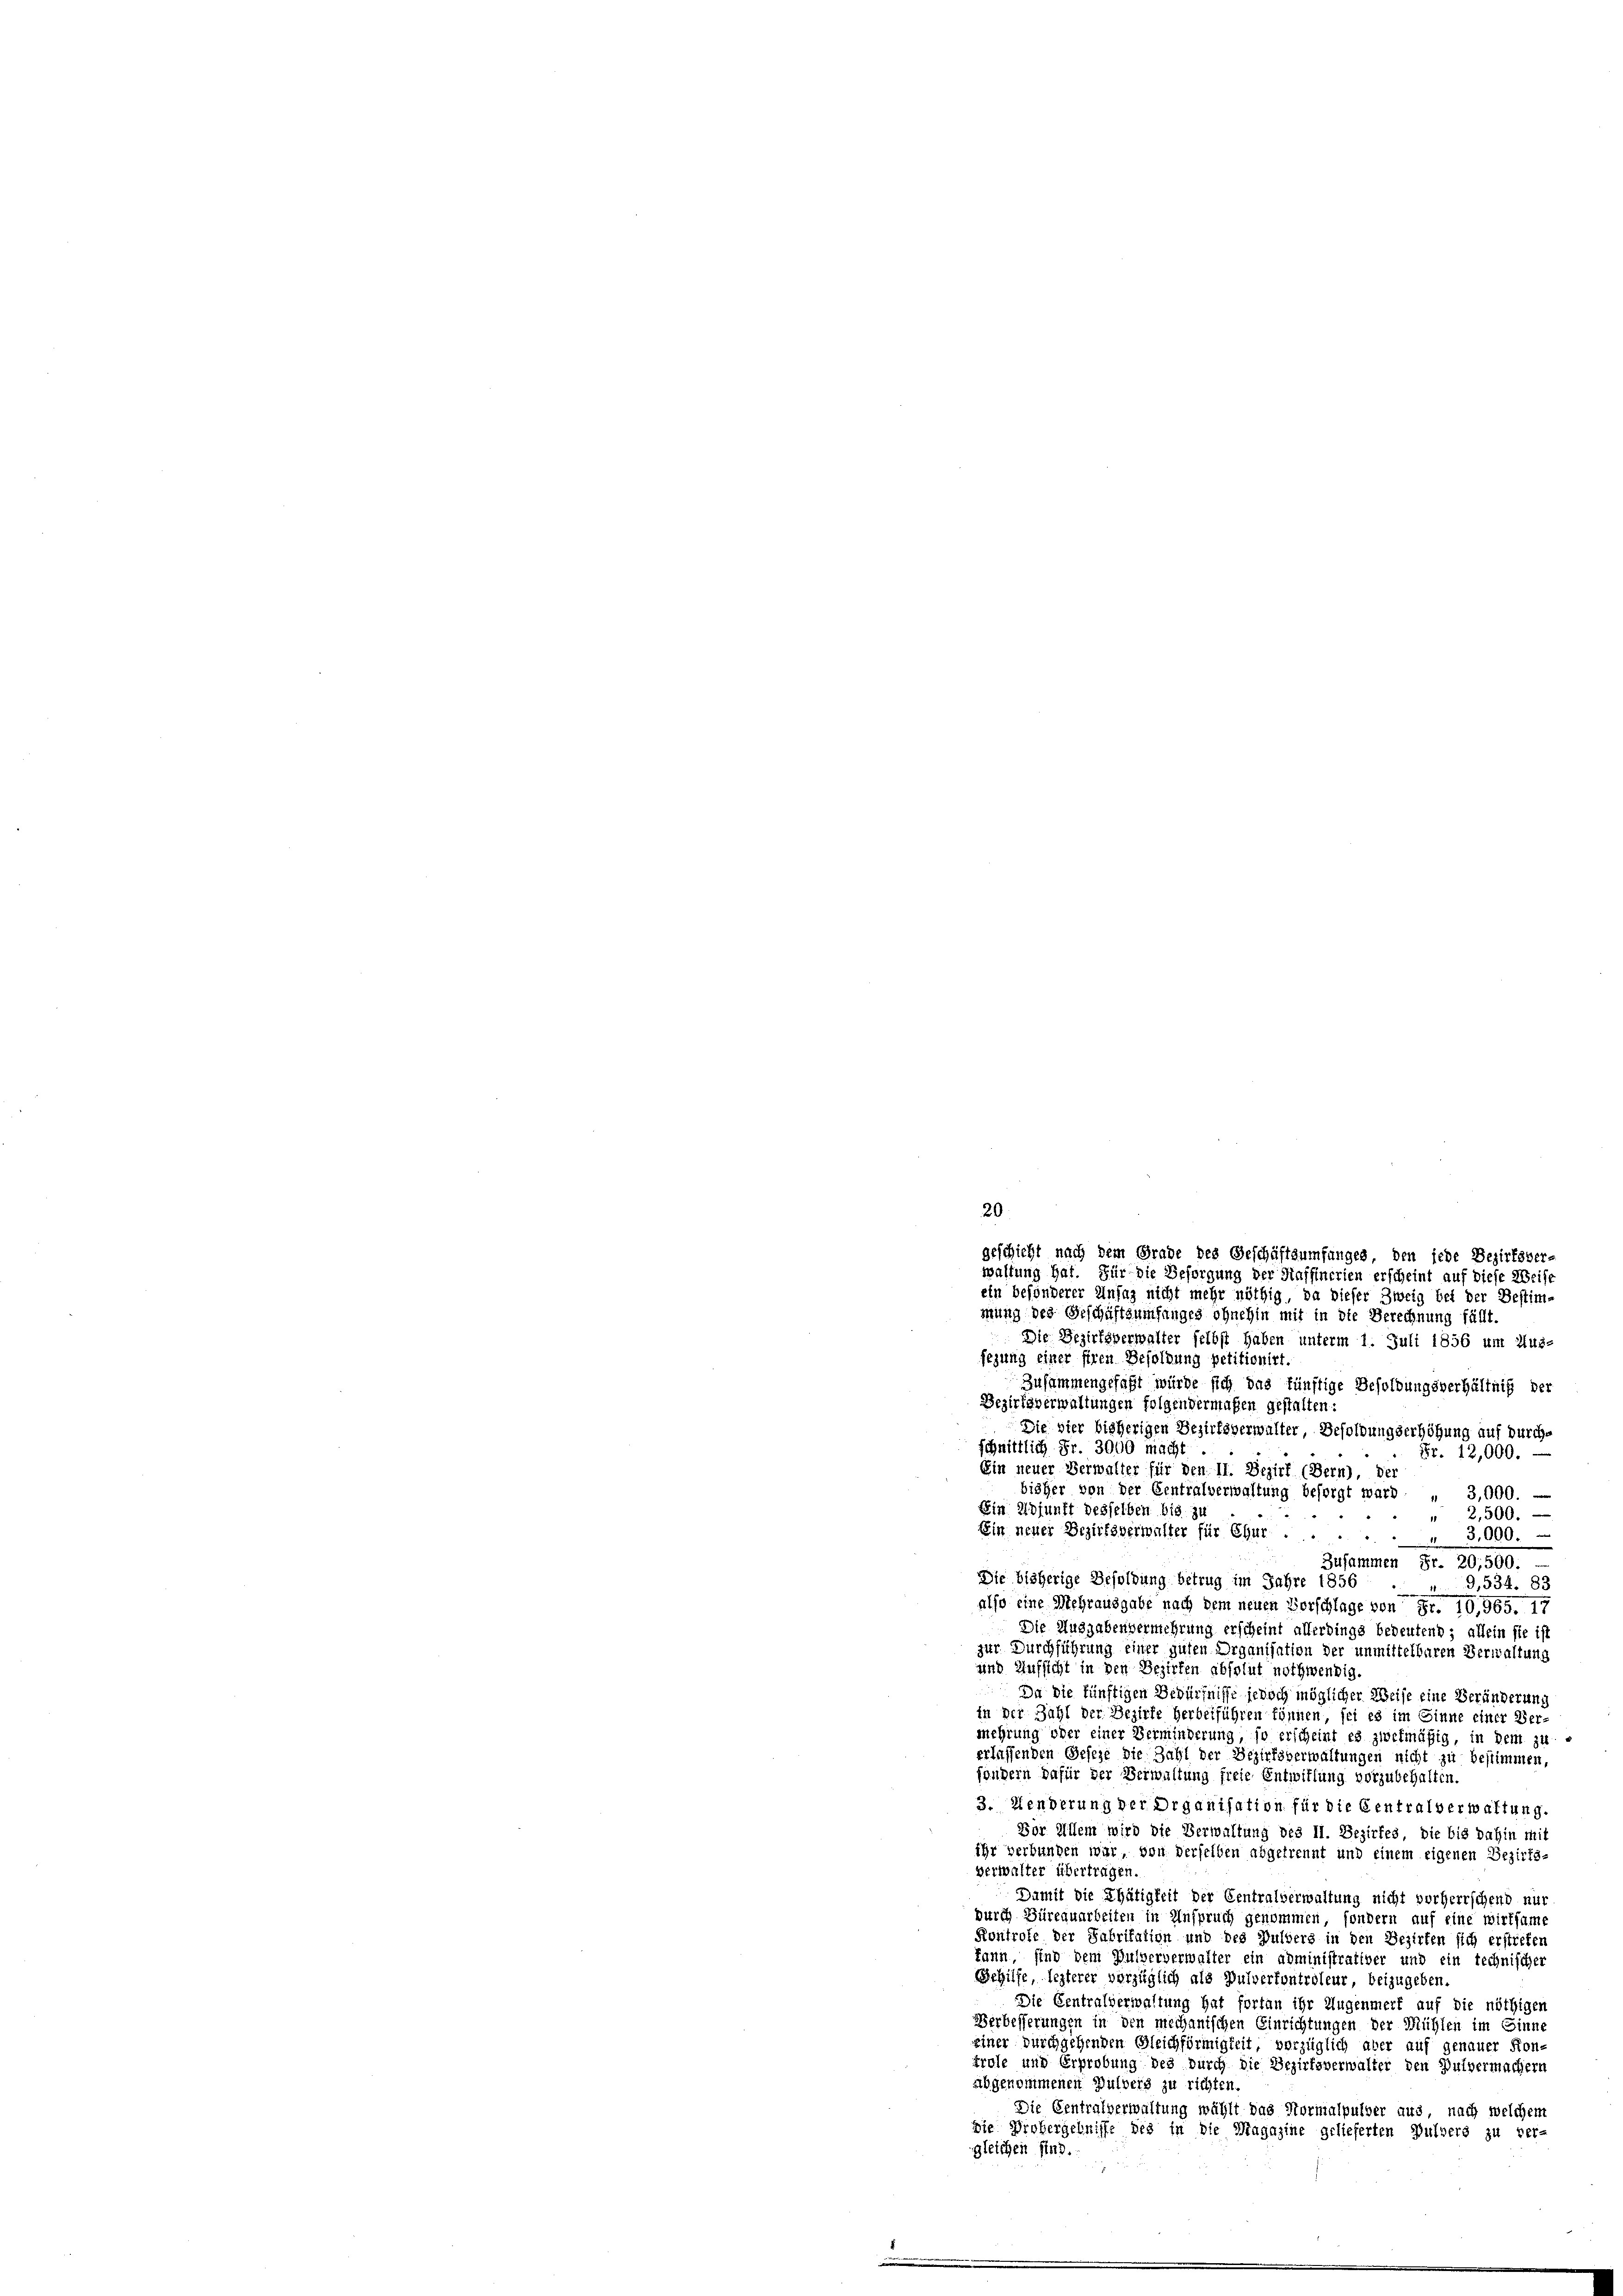
20
geschieht nach dem Grade des Geschäftsumfanges, den jede Bezirksver-
wahlung hat. Für die Besorgung der Haffinerien erscheint auf diese Weise
ein befönderer Ansag nicht mehr nöthig, da dieser Zweig bei der Bestim-

mung des Geschäftsumfanges ohnehin mit in die Berechnung fällt,
Die Bezirksverwalter selbst haben unterm 1. Juli 1856 um Aus-
sezung einer füren Besoldung petitionirt.
Zusammengefaßt würde sich das fünftige Besoldungsverhältniß der
Bezirksverwaltungen folgendermagen gestalten:
Die vier bisherigen Bezirksverwalter, Besoldungserhöhung auf durchs
schnittlich Fr. 3000 macht
Fr. 12,000. —
.
Ein neuer Verwalter für den 11. Bezirk (Bern), der
bisher von der Centralverwaltung besorgt ward.
3,000.
Ein Adjunft desselben bis zu
" 2,500.
Ein neuer Bezirksverwalter für Chur.
" 3,000.
Zusammen Fr. 20,500.
Die bisherige Besoldung betrug im Jahre 1856
G,534. 83
also eine Mehrausgabe nach dem neuen Vorschlage von Fr. 10,965. 17
Die Ausgabenvermehrung erscheint allerdings bedeutend; allein sie ist
zur Durchführung einer guten Organisation der unmittelbaren Verwaltung
und Aufsicht in den Bezirken absolut nothwendig.
Da die künftigen Bedürfnisse jedoch möglicher Weise eine Veränderung
in der Zahl der Bezirke herbeiführen können, sei es im Sinne einer Ver-
mehrung oder einer Verminderung, so erscheint es zwekmäßig, in dem zu
erlassenden Gesehe die Zahl der Bezirksverwaltungen nicht zu bestimmen,
fondern dafür der Verwaltung freie Entwiflung vorzubehalten.
3. Wenderung der Organisation für die Centralverwaltung.
Bor Allem wird die Verwaltung des II. Bezirkes, die bis dahin mit
ihr verbunden war, von derselben abgetrennt und einem eigenen Bezirks-
verwalter übertragen.
Damit die Thätigkeit der Centralverwaltung nicht vorherrschend nur
durch Büreauarbeiten in Anspruch genommen, sondern auf eine wirtsame
Kontrole der Fabritation und des Pulvers in den Bezirken sich erstreten
kann, sind dem Hulververwalter ein administrativer und ein technischer
Behilfe, lezterer vorzüglich als Pulverkontroleur, beizugeben
Die Centralverwaltung hat fortan ihr Augenmerk auf die nöthigen
Verbesserungen in den mechanischen Einrichtungen der Mühlen im Sinne
einer durchgehenden Gleichförmigkeit, vorzüglich aber auf genauer Kon-
trafe und Erprebung des durch die Bezirksverwalter den Pulvermachern
abgenommenen Pulvers zu richten.
Die Centralverwaltung wählt das Normalpulver aus, nach welchem
Die Probergebnisse des in die Magazine gelieferten Pulvers zu ver-
gleichen sind.